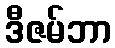
ဒီဇမ်ဘာ